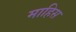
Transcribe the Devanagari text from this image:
माहिस